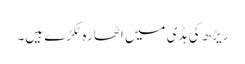
ریڑھ کی ہڈی میں اَٹھارہ ٹکڑے ہیں۔